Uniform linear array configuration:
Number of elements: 8
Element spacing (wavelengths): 0.5
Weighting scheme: blackman
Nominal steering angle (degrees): -60
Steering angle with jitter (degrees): -59.269
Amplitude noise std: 0.05
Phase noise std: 0.05

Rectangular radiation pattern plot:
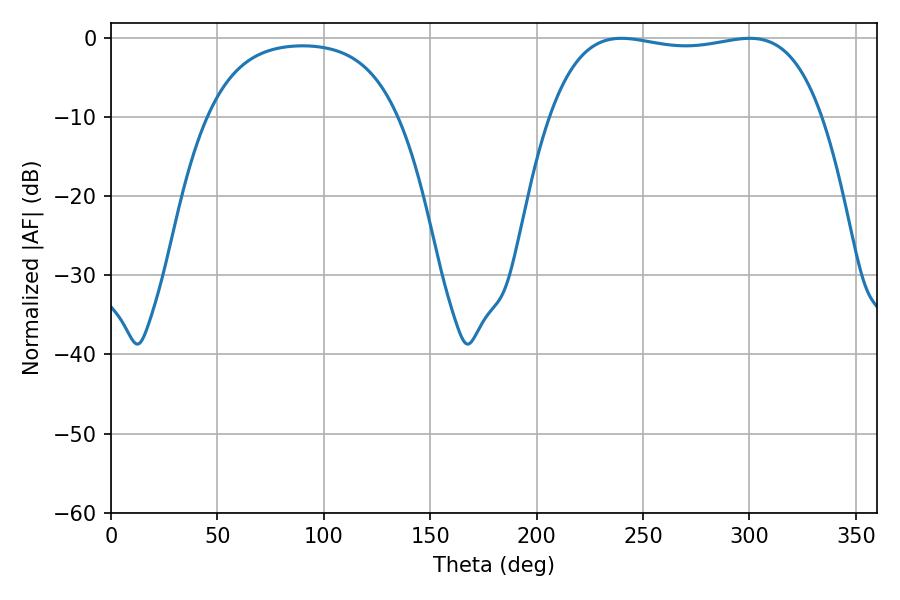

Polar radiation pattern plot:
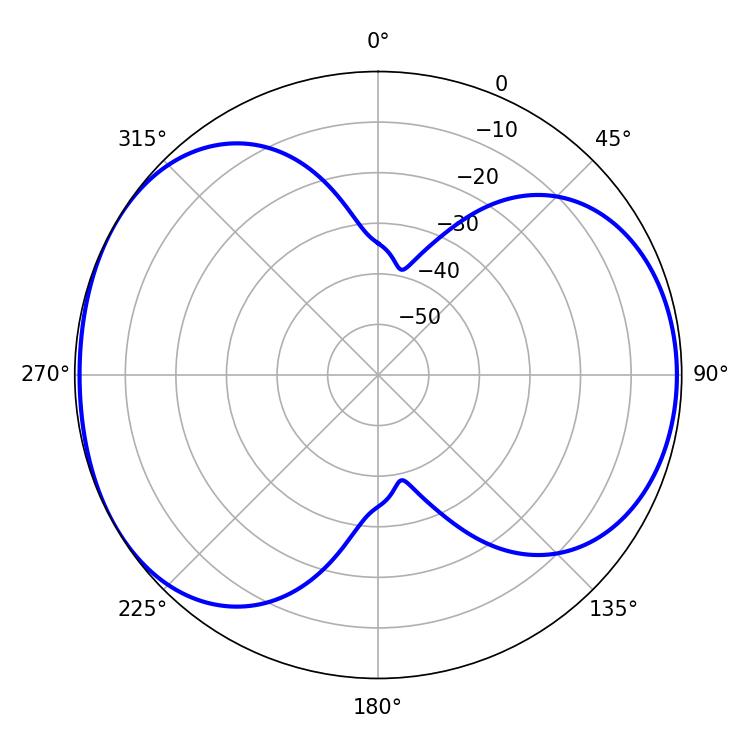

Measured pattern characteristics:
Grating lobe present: FALSE
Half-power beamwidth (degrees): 102.24
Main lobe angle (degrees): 239.94